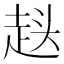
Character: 𮚷